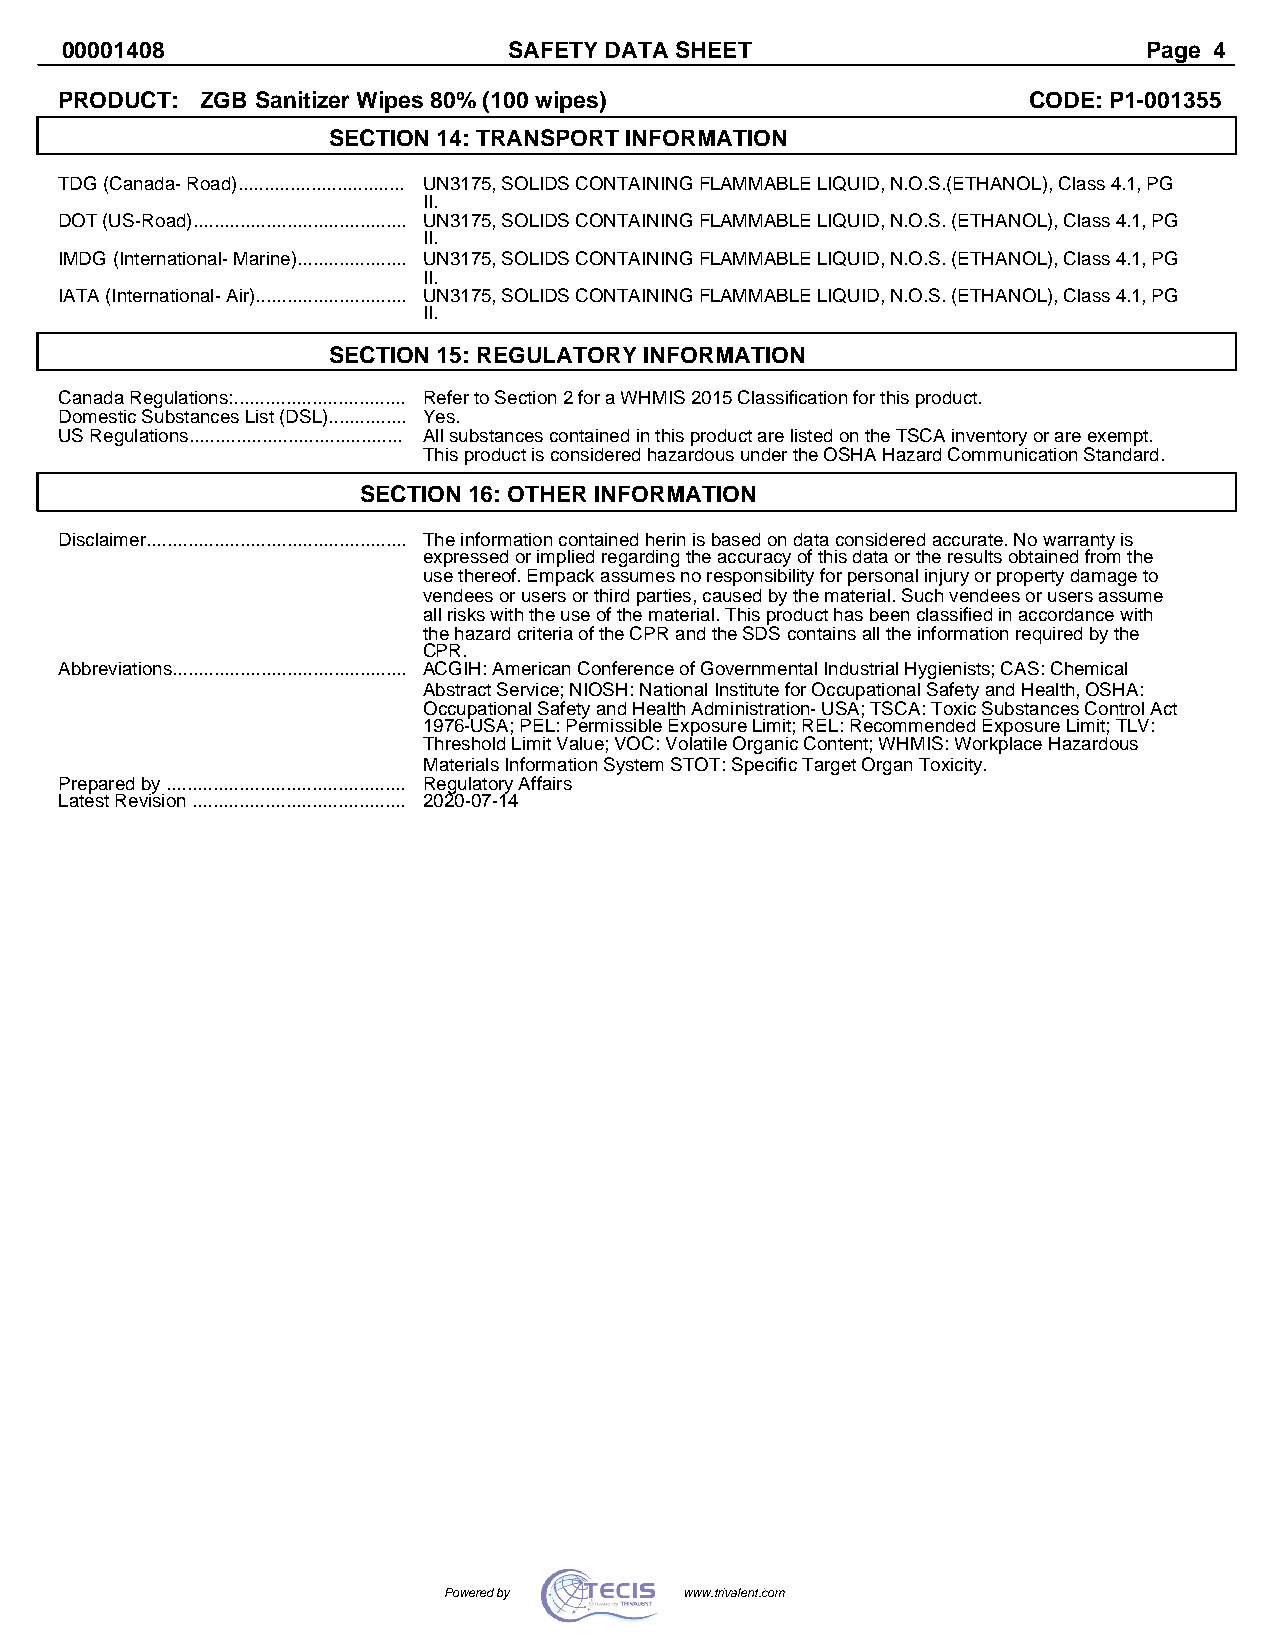
00001408                      SAFETY DATA SHEET                         Page 4
 PRODUCT: ZGB Sanitizer Wipes 80% (100 wipes)                    CODE: P1-001355
 SECTION 14: TRANSPORT INFORMATION
 TDG (Canada- Road)................................ UN3175, SOLIDS CONTAINING FLAMMABLE LIQUID, N.O.S.(ETHANOL), Class 4.1, PG
 II.
 DOT (US-Road)......................................... UN3175, SOLIDS CONTAINING FLAMMABLE LIQUID, N.O.S. (ETHANOL), Class 4.1, PG
 II.
 IMDG (International- Marine)..................... UN3175, SOLIDS CONTAINING FLAMMABLE LIQUID, N.O.S. (ETHANOL), Class 4.1, PG
 II.
 IATA (International- Air)............................. UN3175, SOLIDS CONTAINING FLAMMABLE LIQUID, N.O.S. (ETHANOL), Class 4.1, PG
 II.
 SECTION 15: REGULATORY INFORMATION
 Canada Regulations:................................. Refer to Section 2 for a WHMIS 2015 Classification for this product.
 Domestic Substances List (DSL)............... Yes.
 US Regulations......................................... All substances contained in this product are listed on the TSCA inventory or are exempt.
 This product is considered hazardous under the OSHA Hazard Communication Standard.
 SECTION 16: OTHER INFORMATION
 Disclaimer.................................................. The information contained herin is based on data considered accurate. No warranty is
 expressed or implied regarding the accuracy of this data or the results obtained from the
 use thereof. Empack assumes no responsibility for personal injury or property damage to
 vendees or users or third parties, caused by the material. Such vendees or users assume
 all risks with the use of the material. This product has been classified in accordance with
 the hazard criteria of the CPR and the SDS contains all the information required by the
 CPR.
 Abbreviations............................................. ACGIH: American Conference of Governmental Industrial Hygienists; CAS: Chemical
 Abstract Service; NIOSH: National Institute for Occupational Safety and Health, OSHA:
 Occupational Safety and Health Administration- USA; TSCA: Toxic Substances Control Act
 1976-USA; PEL: Permissible Exposure Limit; REL: Recommended Exposure Limit; TLV:
 Threshold Limit Value; VOC: Volatile Organic Content; WHMIS: Workplace Hazardous
 Materials Information System STOT: Specific Target Organ Toxicity.
 Prepared by .............................................. Regulatory Affairs
 Latest Revision ......................................... 2020-07-14
 PPoowweerreedd bbyy wwwwww..ttrriivvaalleenntt..ccoomm